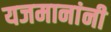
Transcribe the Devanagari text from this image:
यजमानांनी